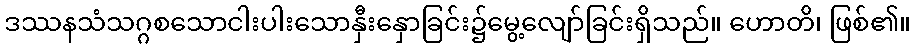
ဒဿနသံသဂ္ဂစသောငါးပါးသောနှီးနှောခြင်း၌မွေ့လျော်ခြင်းရှိသည်။ ဟောတိ၊ ဖြစ်၏။